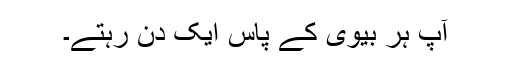
آپ ہر بیوی کے پاس ایک دن رہتے۔